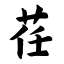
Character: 荏